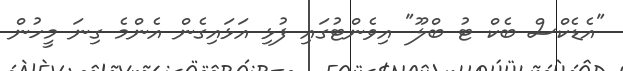
"އެޑެކްސް ބެކް ޓު ބްލޫ" އިވެންޓުގައި ފުޅި އަޅައިގެން އެންމެ ގިނަ މީހުން